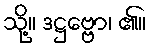
သို့။ ဒဋ္ဌဗ္ဗော၊ ၏။